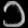
Digit: ၁